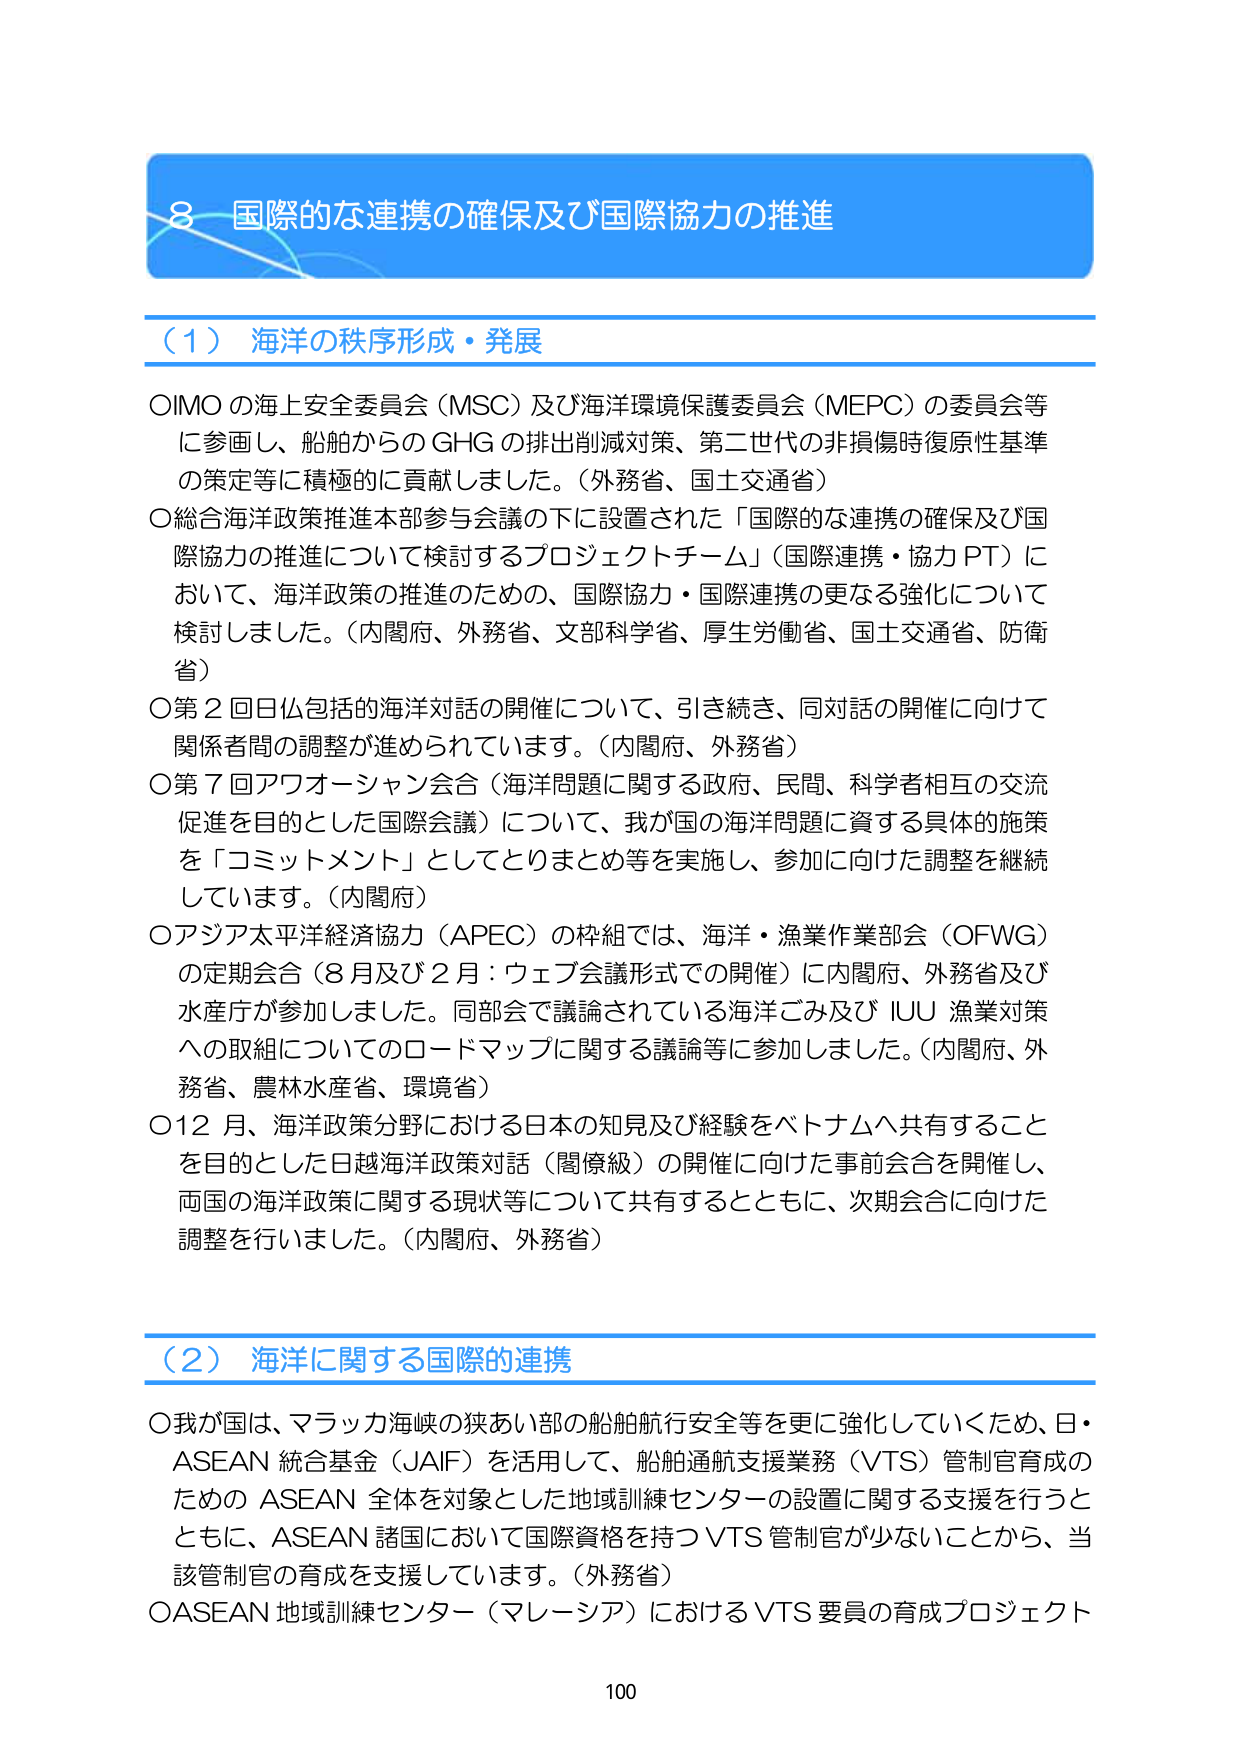
8 国際的な連携の確保及び国際協力の推進

（1）海洋の秩序形成・発展

○IMO の海上安全委員会（MSC）及び海洋環境保護委員会（MEPC）の委員会等に参画し、船舶からの GHG の排出削減対策、第二世代の非損傷時復原性基準の策定等に積極的に貢献しました。（外務省、国土交通省）

○総合海洋政策推進本部参与会議の下に設置された「国際的な連携の確保及び国際協力の推進について検討するプロジェクトチーム」（国際連携・協力PT）において、海洋政策の推進のための、国際協力・国際連携の更なる強化について検討しました。（内閣府、外務省、文部科学省、厚生労働省、国土交通省、防衛省）

○第2回日仏包括的海洋対話の開催について、引き続き、同対話の開催に向けて関係者間の調整が進められています。（内閣府、外務省）

○第7回アフオーシャン会合（海洋問題に関する政府、民間、科学者相互の交流促進を目的とした国際会議）について、我が国の海洋問題に資する具体的施策を「コミットメント」としてとりまとめ等を実施し、参加に向けた調整を継続しています。（内閣府）

○アジア太平洋経済協力（APEC）の枠組では、海洋・漁業作業部会（OFWG）の定期会合（8月及び2月：ウェブ会議形式での開催）に内閣府、外務省及び水産庁が参加しました。同部会で議論されている海洋ごみ及びIUU漁業対策への取組についてのロードマップに関する議論等に参加しました。（内閣府、外務省、農林水産省、環境省）

○12月、海洋政策分野における日本の知見及び経験をベトナムへ共有することを目的とした日越海洋政策対話（閣僚級）の開催に向けた事前会合を開催し、両国の海洋政策に関する現状等について共有するとともに、次期会合に向けた調整を行いました。（内閣府、外務省）

（2）海洋に関する国際的連携

○我が国は、マラッカ海峡の狭あい部の船舶航行安全等を更に強化していくため、日・ASEAN統合基金（JAIF）を活用して、船舶通航支援業務（VTS）管制官育成のためのASEAN全体を対象とした地域訓練センターの設置に関する支援を行うとともに、ASEAN諸国において国際資格を持つVTS管制官が少ないことから、当該管制官の育成を支援しています。（外務省）

○ASEAN地域訓練センター（マレーシア）におけるVTS要員の育成プロジェクト

100